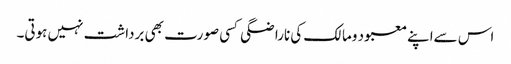
اس سےاپنے معبود ومالک کی ناراضگی کسی صورت بھی برداشت نہیں ہوتی۔